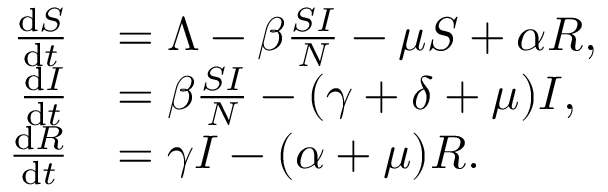
\begin{array} { r l } { \frac { \mathrm { d } S } { \mathrm { d } t } } & { = \Lambda - \beta \frac { S I } { N } - \mu S + \alpha R , } \\ { \frac { \mathrm { d } I } { \mathrm { d } t } } & { = \beta \frac { S I } { N } - ( \gamma + \delta + \mu ) I , } \\ { \frac { \mathrm { d } R } { \mathrm { d } t } } & { = \gamma I - ( \alpha + \mu ) R . } \end{array}